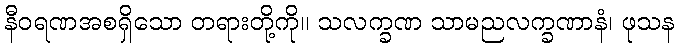
နီဝရဏအစရှိသော တရားတို့ကို။ သလက္ခဏ သာမညလက္ခဏာနံ၊ ဖုသန